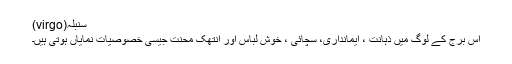
سنبلہ(virgo)
اس برج کے لوگ میں ذہانت ، ایمانداری، سچائی ، خوش لباس اور انتھک محنت جیسی خصوصیات نمایاں ہوتی ہیں۔